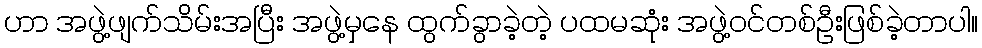
ဟာ အဖွဲ့ဖျက်သိမ်းအပြီး အဖွဲ့မှနေ ထွက်ခွာခဲ့တဲ့ ပထမဆုံး အဖွဲ့ဝင်တစ်ဦးဖြစ်ခဲ့တာပါ။